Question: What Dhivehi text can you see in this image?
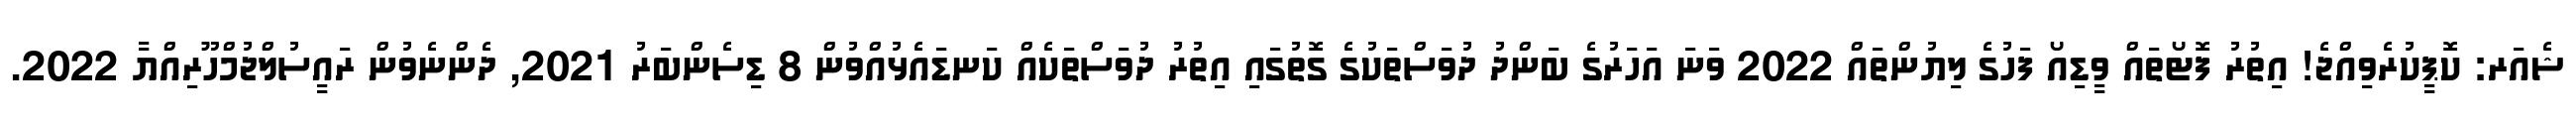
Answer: ޝެއަރ: ކޮޕީކުރެވިއްޖެ! އިތުރު ފޮޓޯތައް ވީޑިއޯ ފަހުގެ ލިޔުންތައް 2022 ވަނަ އަހަރުގެ ބަންދު ދުވަސްތަކުގެ ގޮތުގައި އިތުރު ދުވަސްތަކެއް ކަނޑައެޅުއްވުން 8 ޑިސެންބަރު 2021, ދެންނެވުން ރައީސުލްޖުމްހޫރިއްޔާ 2022.